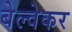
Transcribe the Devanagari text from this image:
बेल्वेकर